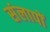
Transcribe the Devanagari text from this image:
संलापों